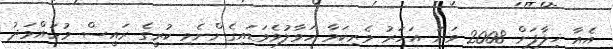
އެއާ ޚިލާފަށް 2008 ވަނަ އަހަރު ވެރިކަމާ ހަވާލުވެވަޑައިގެންނެވި ކުރީގެ ރައީސް މުހައްމަދު